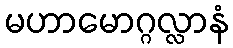
မဟာမောဂ္ဂလ္လာနံ